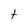
Character: a